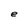
Character: e